DOW-UAP-D65, Mission Report, Persian Gulf, July 2020
Agency: Department of War
Incident date: 7/16/20
Incident location: Persian Gulf
Page 6
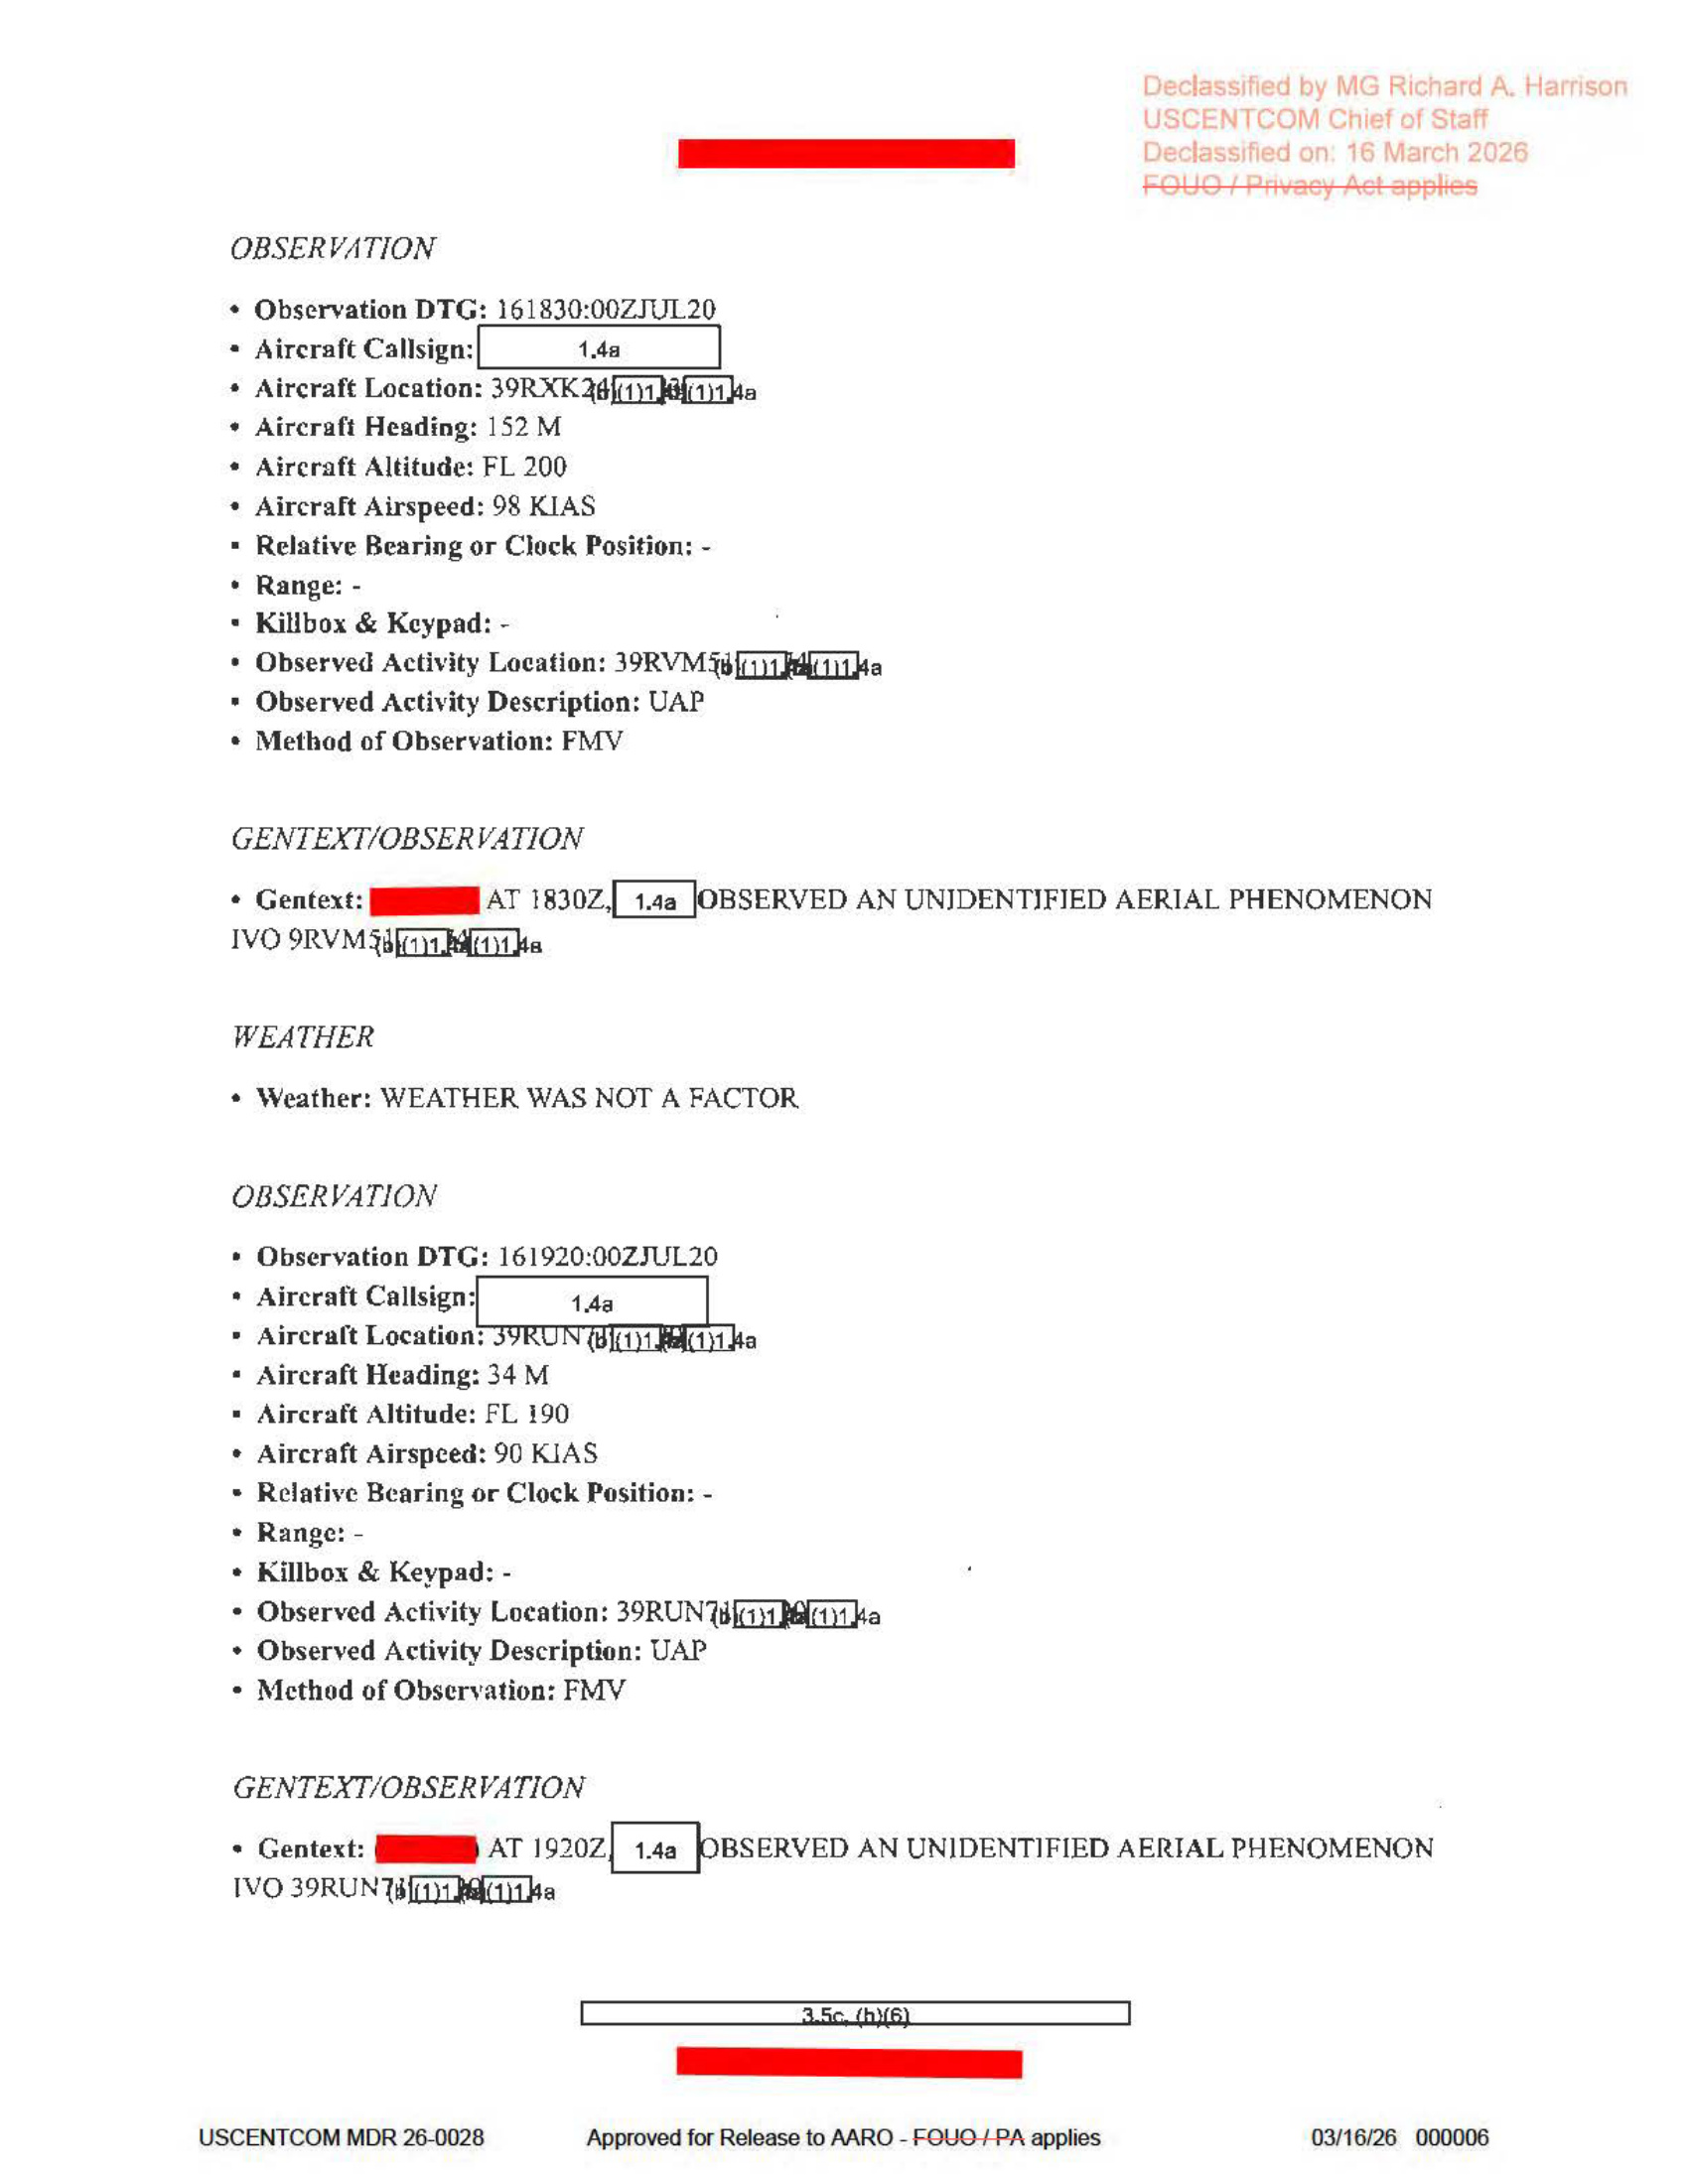